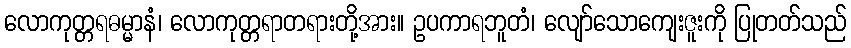
လောကုတ္တရဓမ္မာနံ၊ လောကုတ္တရာတရားတို့အား။ ဥပကာရဘူတံ၊ လျော်သောကျေးဇူးကို ပြုတတ်သည်